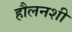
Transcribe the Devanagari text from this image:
हौलनशी